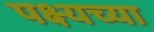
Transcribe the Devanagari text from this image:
पक्ष्यच्या